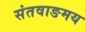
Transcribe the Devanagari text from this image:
संतवाङमय